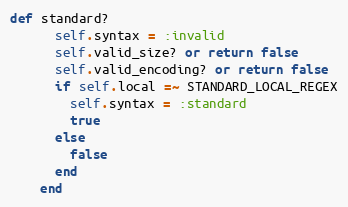
Language: Ruby
def standard?
      self.syntax = :invalid
      self.valid_size? or return false
      self.valid_encoding? or return false
      if self.local =~ STANDARD_LOCAL_REGEX
        self.syntax = :standard
        true
      else
        false
      end
    end